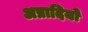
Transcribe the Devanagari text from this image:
अप्रादियो